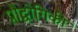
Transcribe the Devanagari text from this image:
प्रौद्वोगिकी